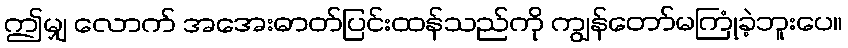
ဤမျှ လောက် အအေးဓာတ်ပြင်းထန်သည်ကို ကျွန်တော်မကြုံခဲ့ဘူးပေ။